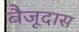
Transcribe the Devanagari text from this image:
बैजूदास